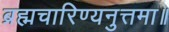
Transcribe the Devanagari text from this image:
ब्रह्मचारिण्यनुत्तमा॥